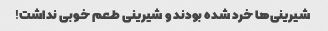
شیرینی‌ها خرد شده بودند و شیرینی طعم خوبی نداشت!